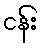
ငန်း